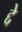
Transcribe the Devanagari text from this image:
द्दे